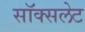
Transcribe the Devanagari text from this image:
सॉक्सलेट